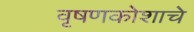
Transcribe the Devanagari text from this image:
वृषणकोशाचे